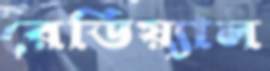
রেডিয়্যাল